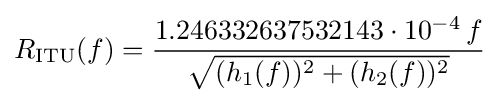
R_{\mathrm {ITU} }(f)={\frac {1.246332637532143\cdot 10^{-4}\,f}{\sqrt {(h_{1}(f))^{2}+(h_{2}(f))^{2}}}}